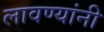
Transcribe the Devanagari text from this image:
लावण्यांनी